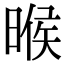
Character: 㬋